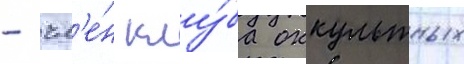
- чл'е́н клу́ба оккультных